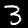
Label: 3